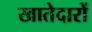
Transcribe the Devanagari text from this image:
खातेदारों